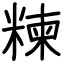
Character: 𥻂